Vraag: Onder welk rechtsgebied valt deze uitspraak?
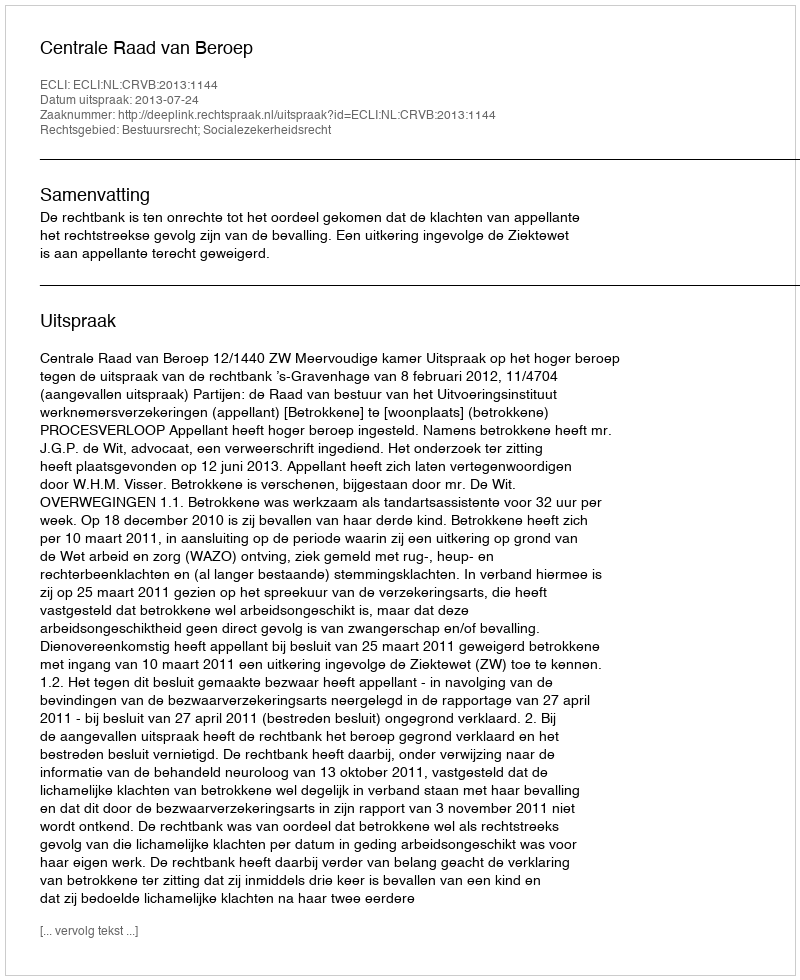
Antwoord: Bestuursrecht; Socialezekerheidsrecht